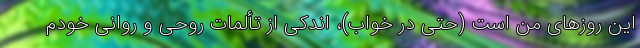
این روزهای من است (حتی در خواب)، اندکی از تألمات روحی و روانی خودم